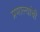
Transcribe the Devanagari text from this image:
प्रणाल्यांची